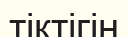
тіктігін